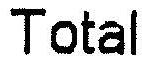
TOTAL